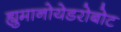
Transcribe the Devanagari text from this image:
ह्युमानोयेडरोबोट